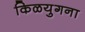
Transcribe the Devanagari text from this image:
किळयुगना